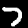
Label: 7